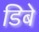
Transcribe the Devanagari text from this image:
डिबे